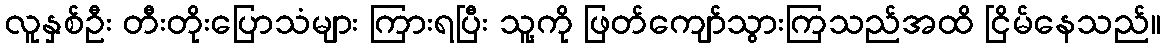
လူနှစ်ဦး တီးတိုးပြောသံများ ကြားရပြီး သူ့ကို ဖြတ်ကျော်သွားကြသည်အထိ ငြိမ်နေသည်။